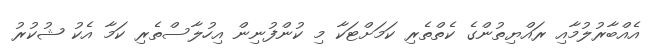
އެއްބާރުލުމާއި ރައްޔިތުންގެ ކެތްތެރި ކަމަށްޓަކާ މި ކުންފުނިން އިހުލާސްތެރި ކަމާ އެކު ޝުކުރު